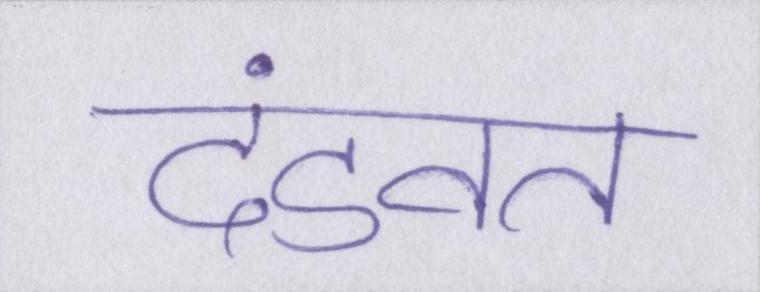
दंडवत